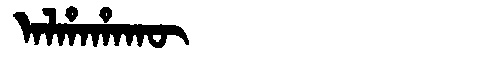
Manchu: ᠠᠯᡥᠠᡥᠠᡴᡡ
Romanization: ALHAHAKŪ